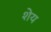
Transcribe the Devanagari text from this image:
शेय